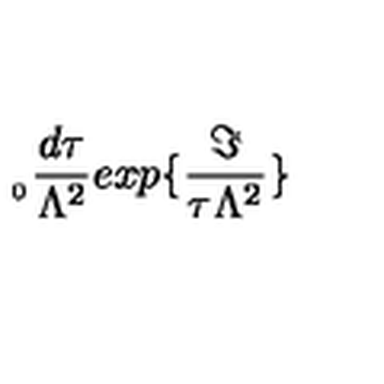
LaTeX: _ { _ { 0 } } \frac { d \tau } { \Lambda ^ { 2 } } e x p \{ \frac { \Im } { \tau \Lambda ^ { 2 } } \}